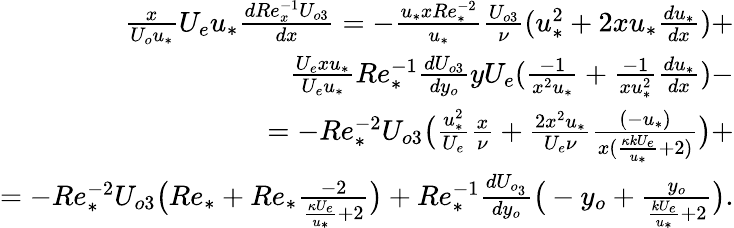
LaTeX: \begin{array}{r}{\frac{x}{U_{o}u_{*}}U_{e}u_{*}\frac{dRe_{x}^{-1}U_{o3}}{dx}=-\frac{u_{*}xRe_{*}^{-2}}{u_{*}}\frac{U_{o3}}{\nu}(u_{*}^{2}+2xu_{*}\frac{du_{*}}{dx})+}\\ {\frac{U_{e}xu_{*}}{U_{e}u_{*}}Re_{*}^{-1}\frac{dU_{o3}}{dy_{o}}yU_{e}(\frac{-1}{x^{2}u_{*}}+\frac{-1}{xu_{*}^{2}}\frac{du_{*}}{dx})-}\\ {=-Re_{*}^{-2}U_{o3}\big(\frac{u_{*}^{2}}{U_{e}}\frac{x}{\nu}+\frac{2x^{2}u_{*}}{U_{e}\nu}\frac{(-u_{*})}{x(\frac{\kappa kU_{e}}{u_{*}}+2)}\big)+}\\ {=-Re_{*}^{-2}U_{o3}\big(Re_{*}+Re_{*}\frac{-2}{\frac{\kappa U_{e}}{u_{*}}+2}\big)+Re_{*}^{-1}\frac{dU_{o_{3}}}{dy_{o}}\big(-y_{o}+\frac{y_{o}}{\frac{kU_{e}}{u_{*}}+2}\big).}\end{array}